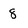
Character: 8